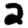
Digit: 2